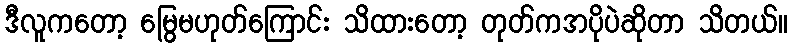
ဒီလူကတော့ မြွေမဟုတ်ကြောင်း သိထားတော့ တုတ်ကအပိုပဲဆိုတာ သိတယ်။